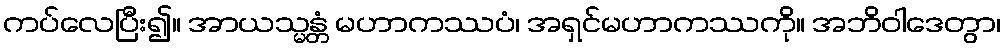
ကပ်လေပြီး၍။ အာယသ္မန္တံ မဟာကဿပံ၊ အရှင်မဟာကဿကို။ အဘိဝါဒေတွာ၊